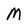
Character: M